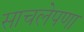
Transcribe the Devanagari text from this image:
साचलेपणा